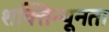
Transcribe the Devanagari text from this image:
शक्तिन्यूनता